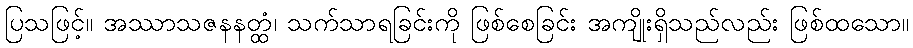
ပြသဖြင့်။ အဿာသဇနနတ္ထံ၊ သက်သာရခြင်းကို ဖြစ်စေခြင်း အကျိုးရှိသည်လည်း ဖြစ်ထသော။